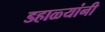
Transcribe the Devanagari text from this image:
डहाळ्यांनी